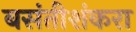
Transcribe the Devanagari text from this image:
बसंतीशंकरा